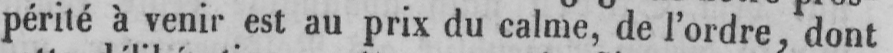
périté à venir est au prix du calme, de l’ordre, dont